Civil Veterinary Department. Madras. Admin. report 1926-33 - 1926-1933
Year: 1926
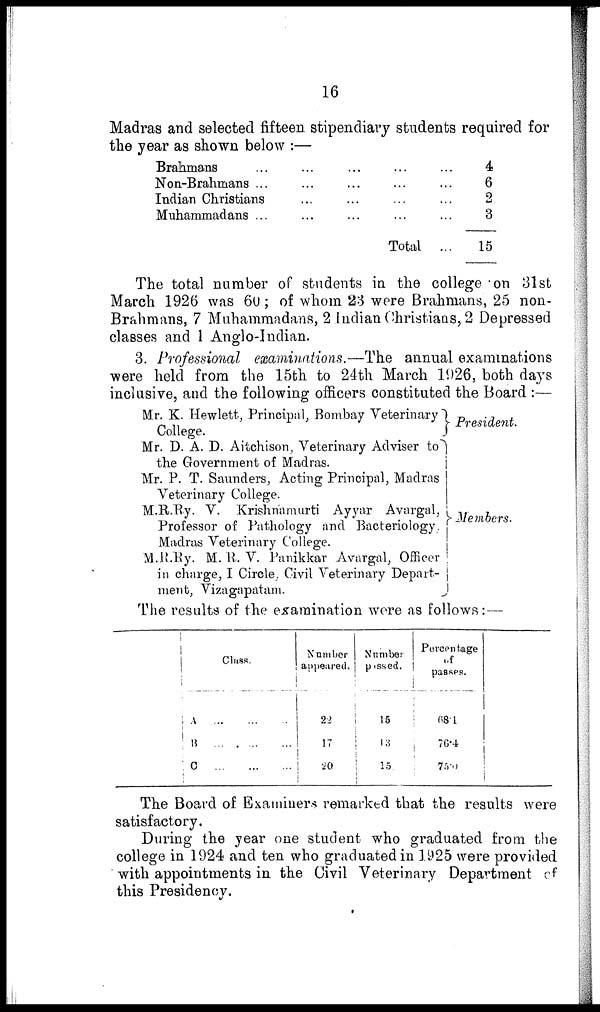
16
Madras and selected fifteen stipendiary students required for
the year as shown below :—
Brahmans ...
Non-Brahmans ...
Indian Christians
Muhammadans ...
...
...
...
...
...
...
...
...
...
...
...
...
Total
...
...
...
...
...
4
6
2.
3
15
The total number of students in the college on 31st
March 1926 was 60; of whom 23 were Brahmans, 25 non-
Brahmans, 7 Muhammadans, 2 Indian Christians, 2 Depressed
classes and 1 Anglo-Indian.
3. Professional examinations.—The annual examinations
were held from the 15th to 24th March 1926, both days
inclusive, and the following officers constituted the Board :—
Mr. K. Hewlett, Principal, Bombay Veterinary
College.
Mr. D. A. D. Aitchison, Veterinary Adviser to
the Government of Madras.
Mr. P. T. Saunders, Acting Principal, Madras
Veterinary College.
M.R.Ry. V. Krishnamurti Ayyar Avargal,
Professor of Pathology and Bacteriology.
Madras Veterinary College.
M.R.Ry. M. R. V. Panikkar Avargal, Officer
in charge, I Circle, Civil Veterinary Depart-
ment, Vizagapatam.
President.
Members.
The results of the examination were as follows:—
Class.
A ... ... ...
B ... ... ...
C ... ... ...
Number
appeared.
22
17
20
Number
passed.
15
13
15.
Percentage
of
passes.
68.1
76.4
75.0
The Board of Examiners remarked that the results were
satisfactory.
During the year one student who graduated from the
college in 1924 and ten who graduated in 1925 were provided
with appointments in the Civil Veterinary Department of
this Presidency.